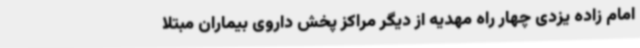
امام زاده یزدی چهار راه مهدیه از دیگر مراکز پخش داروی بیماران مبتلا